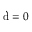
\dot { \mathrm { d } } = 0